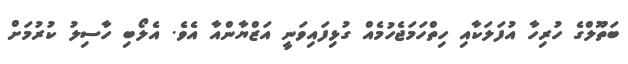
ބަތޫލްގެ ހުރިހާ އުފަލަކާއި ހިތްހަމަޖެހުމެއް ގުޅިފައިވަނީ އަޒްޔާންއާ އެވެ. އެލޯބި ހާސިލު ކުރުމަށް